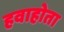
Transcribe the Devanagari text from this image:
हवाहोता